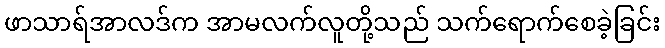
ဖာသာရ်အာလဒ်က အာမလက်လူတို့သည် သက်ရောက်စေခဲ့ခြင်း